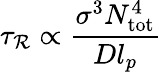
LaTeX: \tau_{\mathcal{R}}\propto\frac{{\sigma^{3}N_{\mathrm{{tot}}}^{4}}}{{Dl_{p}}}